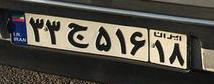
۳۳ج۵۱۶۱۸